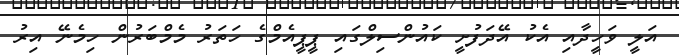
އަލީ ވަހީދާއި އެކު އޭދަފުށީ ކައުންސިލްގައި ޕީޕީއެމްގެ ހަތަރު މެމްބަރުން ހިމެނޭ އިރު